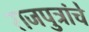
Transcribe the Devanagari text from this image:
राजपुत्रांचे